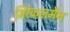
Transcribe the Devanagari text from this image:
मिरेकलमैन